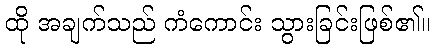
ထို အချက်သည် ကံကောင်း သွားခြင်းဖြစ်၏။